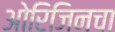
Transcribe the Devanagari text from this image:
ओरिजिनचा